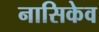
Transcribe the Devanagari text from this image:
नासिकेव